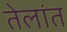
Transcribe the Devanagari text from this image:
तेलांत